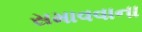
સમાવવાના